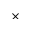
\times